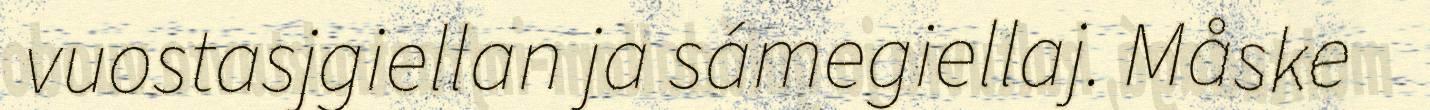
vuostasjgiellan ja sámegiellaj. Måske